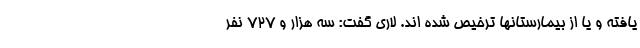
یافته و یا از بیمارستانها ترخیص شده اند. لاری گفت: سه هزار و ۷۲۷ نفر